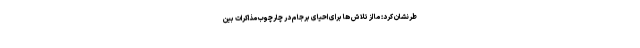
طرنشان کرد: ما از تلاش ها برای احیای برجام در چارچوب مذاکرات بین